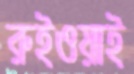
রুইওয়াই